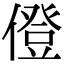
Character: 僜